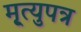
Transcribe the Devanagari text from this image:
मृ्त्युपत्र